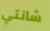
شانتي